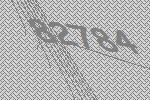
82784